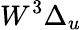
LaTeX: W^{3}\Delta_{u}